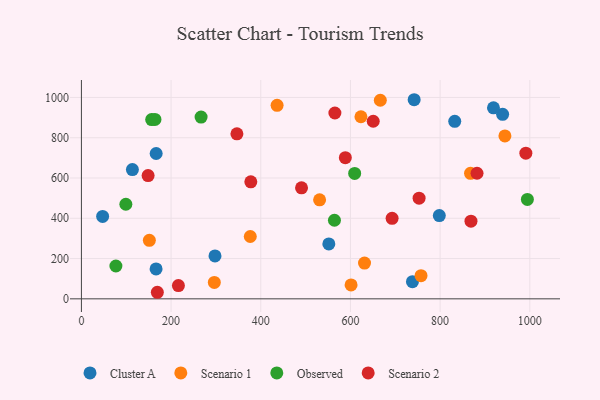
{"axis": {"x": "Experience", "y": "Fuel Efficiency"}, "legend": ["Cluster A", "Observed", "Scenario 1", "Scenario 2"], "data": [{"x": "166.7", "y": 721.7, "type": "Cluster A"}, {"x": "939.4", "y": 916.1, "type": "Cluster A"}, {"x": "919.0", "y": 948.5, "type": "Cluster A"}, {"x": "551.8", "y": 272.6, "type": "Cluster A"}, {"x": "738.3", "y": 85.0, "type": "Cluster A"}, {"x": "798.2", "y": 413.5, "type": "Cluster A"}, {"x": "297.9", "y": 213.1, "type": "Cluster A"}, {"x": "832.6", "y": 881.4, "type": "Cluster A"}, {"x": "113.7", "y": 641.8, "type": "Cluster A"}, {"x": "47.3", "y": 409.4, "type": "Cluster A"}, {"x": "166.5", "y": 148.7, "type": "Cluster A"}, {"x": "742.1", "y": 988.7, "type": "Cluster A"}, {"x": "296.4", "y": 81.5, "type": "Scenario 1"}, {"x": "601.4", "y": 69.0, "type": "Scenario 1"}, {"x": "757.4", "y": 114.9, "type": "Scenario 1"}, {"x": "631.4", "y": 177.7, "type": "Scenario 1"}, {"x": "151.5", "y": 290.5, "type": "Scenario 1"}, {"x": "623.4", "y": 904.1, "type": "Scenario 1"}, {"x": "944.5", "y": 809.0, "type": "Scenario 1"}, {"x": "376.6", "y": 309.6, "type": "Scenario 1"}, {"x": "531.2", "y": 491.8, "type": "Scenario 1"}, {"x": "436.4", "y": 960.7, "type": "Scenario 1"}, {"x": "867.8", "y": 623.2, "type": "Scenario 1"}, {"x": "666.6", "y": 986.2, "type": "Scenario 1"}, {"x": "994.6", "y": 493.8, "type": "Observed"}, {"x": "266.9", "y": 902.6, "type": "Observed"}, {"x": "76.9", "y": 163.0, "type": "Observed"}, {"x": "156.7", "y": 890.2, "type": "Observed"}, {"x": "164.0", "y": 890.7, "type": "Observed"}, {"x": "99.1", "y": 469.8, "type": "Observed"}, {"x": "609.4", "y": 622.6, "type": "Observed"}, {"x": "564.3", "y": 390.3, "type": "Observed"}, {"x": "565.3", "y": 922.8, "type": "Scenario 2"}, {"x": "991.2", "y": 723.3, "type": "Scenario 2"}, {"x": "650.8", "y": 881.9, "type": "Scenario 2"}, {"x": "216.3", "y": 65.9, "type": "Scenario 2"}, {"x": "148.7", "y": 611.9, "type": "Scenario 2"}, {"x": "588.6", "y": 700.8, "type": "Scenario 2"}, {"x": "692.9", "y": 399.6, "type": "Scenario 2"}, {"x": "377.8", "y": 580.8, "type": "Scenario 2"}, {"x": "490.9", "y": 551.4, "type": "Scenario 2"}, {"x": "753.1", "y": 499.8, "type": "Scenario 2"}, {"x": "868.8", "y": 385.4, "type": "Scenario 2"}, {"x": "882.3", "y": 623.5, "type": "Scenario 2"}, {"x": "346.8", "y": 819.4, "type": "Scenario 2"}, {"x": "169.3", "y": 32.6, "type": "Scenario 2"}]}